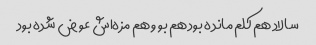
سالاد هم کلم مانده بود هم بو و هم مزه‌اش عوض شده بود